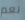
نعم